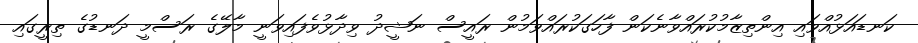
ކަނޑައަޅުއްވައި އިންތިޒާމުކުރައްވާނެކަން ފާހަގަކުރައްވަމުން ރައީސް ނަޝީދު ވިދާޅުވެފައިވަނީ މާލޭގެ ރަސްމީ ދަނޑުގެ ތިރީގައި